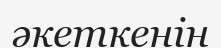
әкеткенін